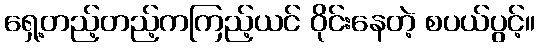
ရှေ့တည့်တည့်ကကြည့်ယင် ဝိုင်းနေတဲ့ စပယ်ပွင့်။